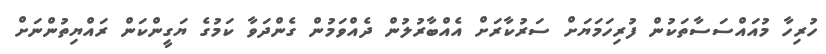
ހުރިހާ މުއައްސަސާތަކުން ފުރިހަމަޔަށް ސަރުކާރަށް އެއްބާރުލުން ދެއްވަމުން ގެންދަވާ ކަމުގެ ޔަގީންކަން ރައްޔިތުންނަށް